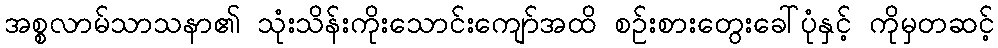
အစ္စလာမ်သာသနာ၏ သုံးသိန်းကိုးသောင်းကျော်အထိ စဉ်းစားတွေးခေါ်ပုံနှင့် ကိုမှတဆင့်